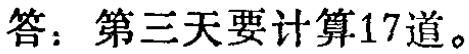
答：第三天要计算17道。